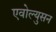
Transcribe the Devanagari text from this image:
एवोल्युसन